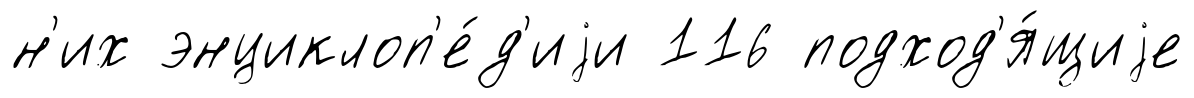
н'их энциклоп'е́д'иjи 116 подход'я́щиjе